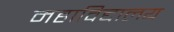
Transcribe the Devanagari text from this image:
महाविद्दालय